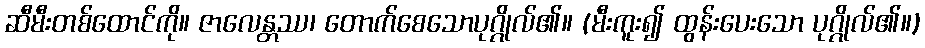
ဆီမီးတစ်ထောင်ကို။ ဇာလေန္တဿ၊ တောက်စေသောပုဂ္ဂိုလ်၏။ (မီးကူး၍ ထွန်းပေးသော ပုဂ္ဂိုလ်၏။)